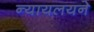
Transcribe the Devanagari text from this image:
न्यायलयने